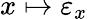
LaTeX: x\mapsto\varepsilon_{x}